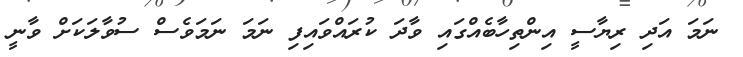
ނަމަ އަދި ރިޔާސީ އިންތިހާބެއްގައި ވާދަ ކުރައްވައިފި ނަމަ ނަމަވެސް ސުވާލަކަށް ވާނީ